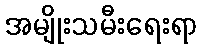
အမျိုးသမီးရေးရာ